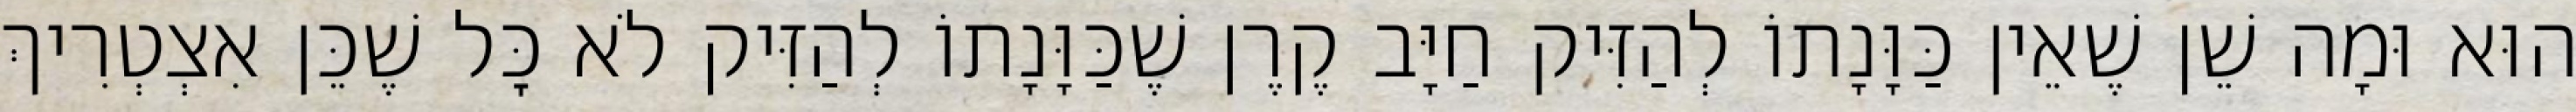
הוּא וּמָה שֵׁן שֶׁאֵין כַּוָּנָתוֹ לְהַזִּיק חַיָּב קֶרֶן שֶׁכַּוָּנָתוֹ לְהַזִּיק לֹא כׇּל שֶׁכֵּן אִצְטְרִיךְ